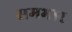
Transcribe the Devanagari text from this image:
समभार